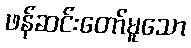
ဖန်ဆင်းတော်မူသော